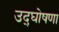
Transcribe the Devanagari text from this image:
उद्‌घोषणा